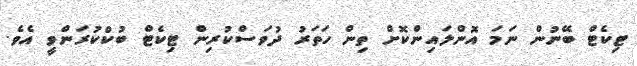
ޓިކެޓް ބޭނުން ނަމަ އޮންލައިންކޮށް ތިން ހަތަރު ދުވަސްކުރިން ޓިކެޓް ބުކްކުރަންވީ އެވެ.